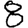
Digit: 8